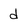
Character: d